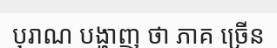
បុរាណ បង្ហាញ ថា ភាគ ច្រើន